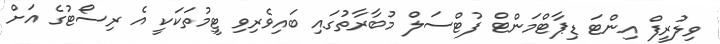
ވިލުރީފް އިންޓަ ޑިޕާޓްމަންޓް ފުޓްސަލް މުބާރާތުގައި ބައިވެރިވި ޓީމުތަކަކީ އެ ރިސޯޓުގެ އަށް